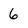
Character: 6